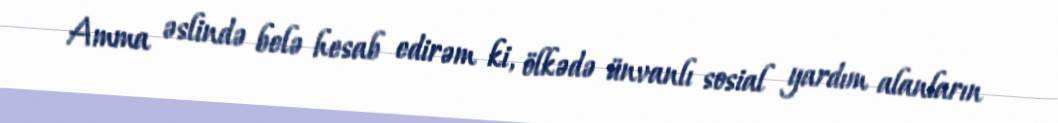
Amma əslində belə hesab edirəm ki, ölkədə ünvanlı sosial yardım alanların